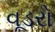
વૂડરો